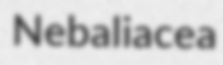
Nebaliacea